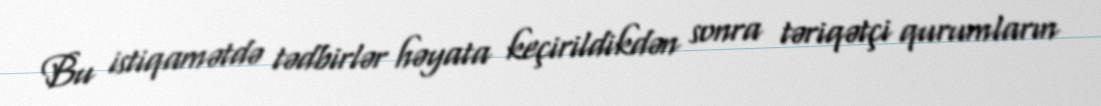
Bu istiqamətdə tədbirlər həyata keçirildikdən sonra təriqətçi qurumların